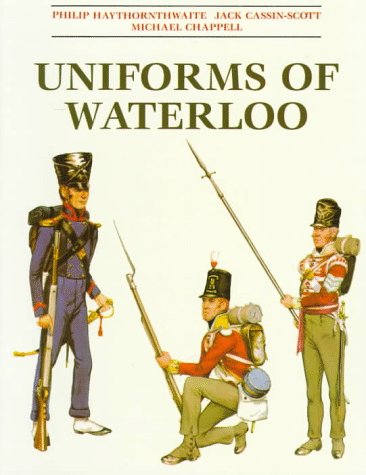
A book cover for Uniforms of Waterloo: 16-18 June 1815; Philip J. Haythornthwaite; History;